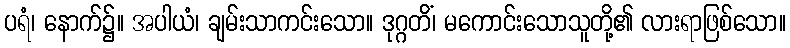
ပရံ၊ နောက်၌။ အပါယံ၊ ချမ်းသာကင်းသော။ ဒုဂ္ဂတိံ၊ မကောင်းသောသူတို့၏ လားရာဖြစ်သော။